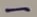
Text: -